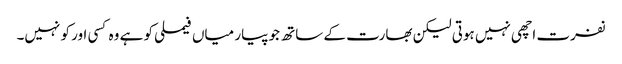
نفرت اچھی نہیں ہوتی لیکن بھارت کے ساتھ جو پیار میاں فیملی کو ہے وہ کسی اور کو نہیں۔